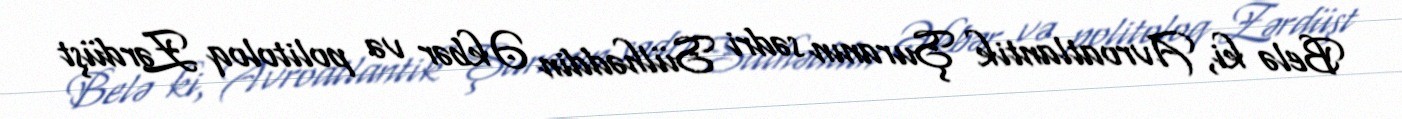
Belə ki, Avroatlantik Şuranın sədri Sülhəddin Əkbər və politoloq Zərdüşt